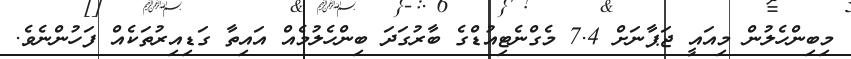
މިބިންހެލުން މިއައީ ޖަޕާނަށް 7.4 މެގްނެޓިއުޑްގެ ބާރުގަދަ ބިންހެލުމެއް އައިތާ ގަޑިއިރުތަކެއް ފަހުންނެވެ.